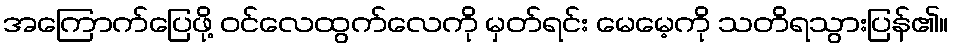
အကြောက်ပြေဖို့ ဝင်လေထွက်လေကို မှတ်ရင်း မေမေ့ကို သတိရသွားပြန်၏။